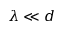
\lambda \ll d